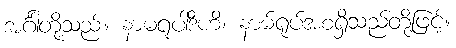
အင်္ဂါတို့သည်။ နာမရူပါဒီဟိ၊ နာမ်ရုပ်အစရှိသည်တို့ဖြင့်။